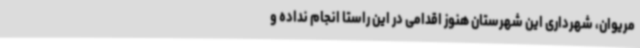
مریوان، شهرداری این شهرستان هنوز اقدامی در این راستا انجام نداده و